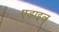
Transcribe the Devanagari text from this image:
एडाइल